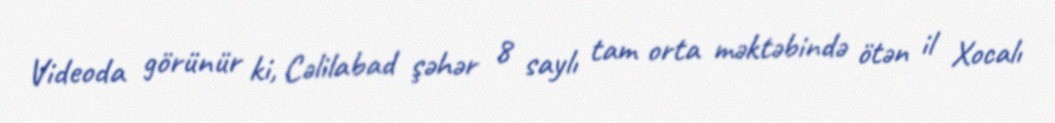
Videoda görünür ki, Cəlilabad şəhər 8 saylı tam orta məktəbində ötən il Xocalı